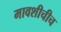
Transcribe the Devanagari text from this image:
मावशीचीच